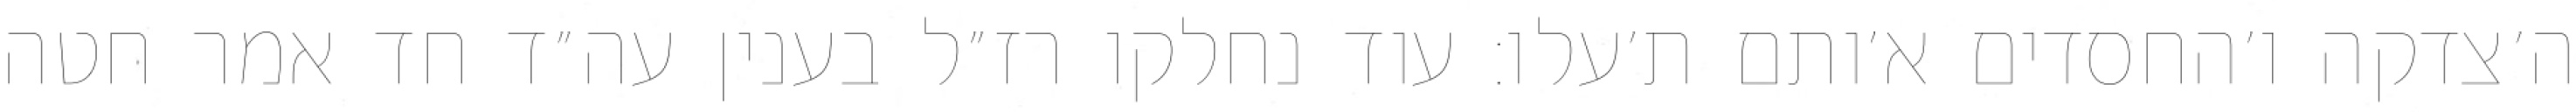
ה׳צדקה ו׳החסדים א׳ותם ת׳עלו: עוד נחלקו רז״ל בענין עה״ד חד אמר חטה